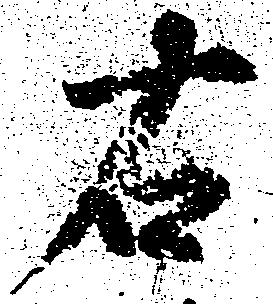
右